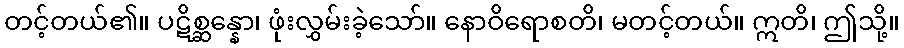
တင့်တယ်၏။ ပဋိစ္ဆန္နော၊ ဖုံးလွှမ်းခဲ့သော်။ နောဝိရောစတိ၊ မတင့်တယ်။ ဣတိ၊ ဤသို့။